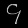
Digit: ၄